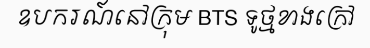
ឧបករណ៍នៅក្រុម BTS ទូថ្មខាងក្រៅ